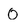
Character: 0